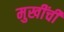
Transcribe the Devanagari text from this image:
मुखींची